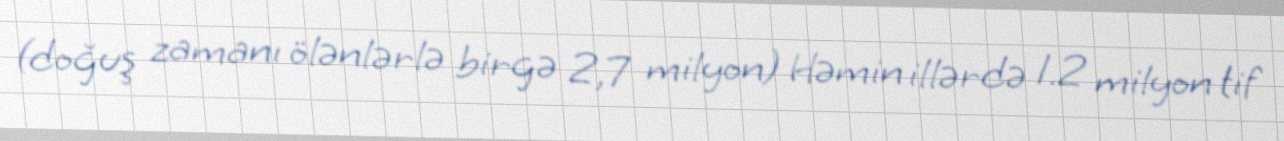
(doğuş zamanı ölənlərlə birgə 2,7 milyon) Həmin illərdə 1.2 milyon tif